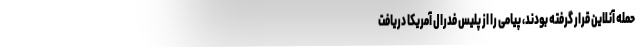
حمله آنلاین قرار گرفته بودند، پیامی را از پلیس فدرال آمریکا دریافت